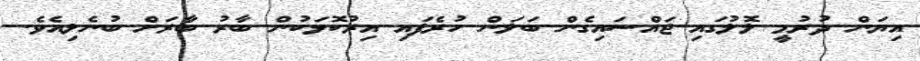
އިޔަން ދުރުމީ ލޮލުގައި ޖައްސައިގެން ބަލަން ހުރެފައި އިރުކޮޅަކުން ބާރު ބާރަށް ބުނެލިއެވެ.